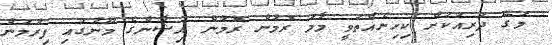
މަގޭ ދަރިއަކަށް ކިހިނެއްތަވީ މާމަ ރޮމުން ރޮމުން އިޝާންގެ މޫނުގައި ފިރުމަން